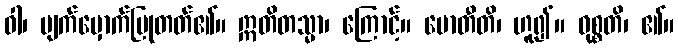
ဝါ၊ မျက်မှောက်ပြုတတ်၏။ ဣတိတသ္မာ၊ ကြောင့်။ ဗောတီတိ၊ ဟူ၍။ ဝုစ္စတိ၊ ၏။